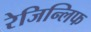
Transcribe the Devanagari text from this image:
रेजिन्लिफ